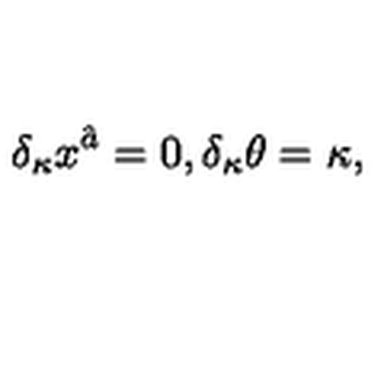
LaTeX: \delta _ { \kappa } x ^ { \hat { a } } = 0 , \delta _ { \kappa } \theta = \kappa ,